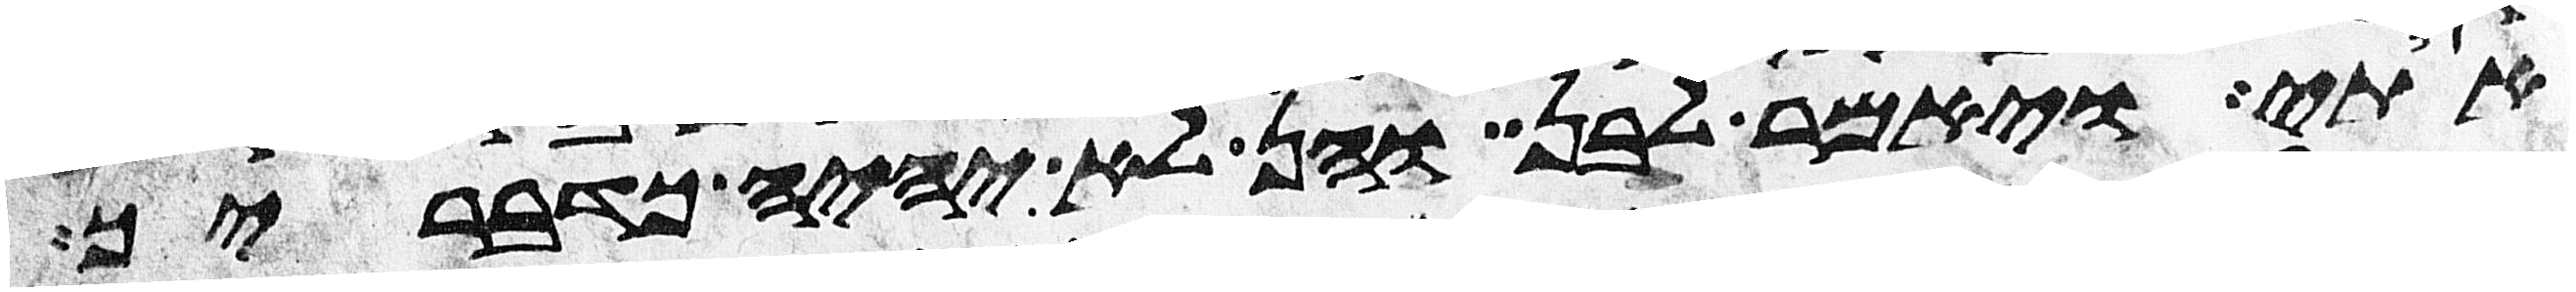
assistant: אתי ויאמר לבן והן לא יהיה כדבריך